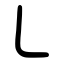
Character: ㇄